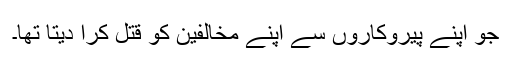
جو اپنے پَیروکاروں سے اپنے مخالفین کو قتل کرا دیتا تھا۔